Report on the administration of the Government Cinchona Department 1892-98
Year: 1892
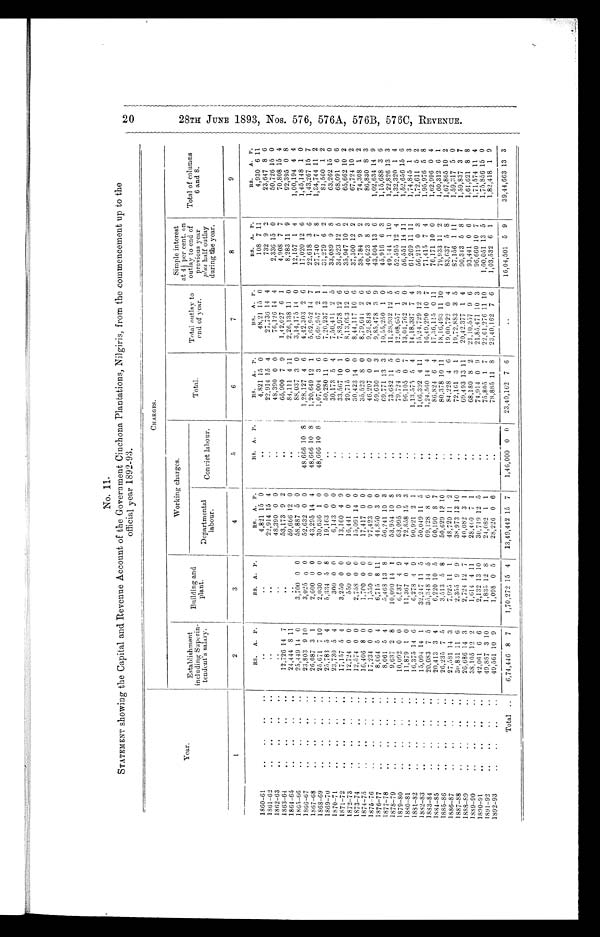
No. 11.
STATEMENT showing the Capital and Revenue Account of the Government Cinchona Plantations, Nilgiris, from the commencement up to the
official year 1892-93.
Year.
CHARGES.
Establishment
including Superin-
tendent’s salary.
Building and
plant.
Working charges.
Total.
Total outlay to
end of year.
Simple interest
at 4 ½ per cent. on
outlay to end of
previous year
plus half outlay
during the year.
Total of columns
6 and 8.
Departmental
labour.
Convict labour.
1
2
3
4
5
6
7
8
9
RS A. P.
RS. A. P.
RS. A. P.
RS. A. P.
RS. A. P.
RS. A. P.
RS. A. P.
RS. A. P.
1860-61
.. ..
..
. .
. .
. .
4,821 15 0
. .
4,821 15 0
48,21 15 0
108 7 11
4,930 6 11
1861-62
..
..
..
. .
. .
. .
22,914 15 4
. .
22,914 15 4
27,736 14 4
732 9 2
23,647 8 6
1862-63
..
..
..
. .
. .
. .
48,390 0 0
. .
48,390 0 0
76,126 1 4 4
2,336 15 0
50,726 15 0
1863-64
..
..
..
. .
12,726 14 7
..
53,173 9 2
. .
65,900 7 9
1,42,027 6 1
4,908 7 7
70,808 15 4
1864-65
..
..
..
. .
24,444 8 11
. .
59,666 12 0
. .
84,111 4 11
2,26,138 11
0
8,283 11 9
92,395 0 8
1865-66
..
..
..
. .
25,449 14 0
3700 0 0
58,887 5 0
. .
88,037 3 0
3 , 1 4 , 1 7 5
14 0
1 2 , 1 5 7 1 4
1,00,194 4 4
1866-67
..
..
..
..
23,803 9 10
3,025 0 0
52,632 0 0
48,666 10 8
1,28,127 4 6
4,42,303 2 6
17,020 12 6
1,45,148 1 0
1867-68
..
..
..
..
26,087 3 1
2,600 0 0
43,295 14 4
48,666 10 8
1,20,649 12 1
5,62,952 14 7
22,618 3 6
1,43,267 15 7
1868-69
..
..
..
. .
25,671 7 10
2,030 0 0
30,636 1 0
48,666 10 8
1,07,004 3 6
6,69,957 2 1
27,740 7 8
1,34,744 11 2
1869-70
..
..
..
. .
25,783 5 4
5,334 5 8
19,163 0 0
. .
50,280 11 0
7,20,237 13 1
31,279 6 2
81,560 1 2
1870-71 ..
..
..
. .
23,730 5 4
300 0 0
6,143 0 0
..
30,173 5 4
7,50,411 2 5
33,089 9 8
63,262 15 0
1871-72
..
..
..
. .
17,157 5 4
3,250 0 0
13,160 4 9
..
33,567 10 1
7,83,978 12 6
34,523 12 5
68,091 6 6
1872-73
.
..
..
12,724 0 0
550 0 0
16,441 0 0
..
29,715 0 0
8,13,693 12 6
35,947
1 0 2
65,662 10 2
1873-74
..
..
..
. .
12,574 0 0
2,758 0 0
15,091 14 0
..
30,423 14 0
8,44,117 10 6
37,300 12 2
67,724 10 2
1874-75
..
..
. .
16,406 8 0
1,700 0 0
17,417 0 0
..
35,523 8 0
8,79,641 2 6
38,784 9 2
74,308 1 2
1875- 76 . . . . . . . .
17,234 0 0
1,550 0 0
27,423 0 0
..
46,207 0 0
9,25,848 2 6
40,623 8 3
86,830 8 3
1876-77
..
..
..
. .
8,064 5 4
6,715
8 11
44,850 3 0
. .
59,630 1 3
9,85,478 3
9
43,004 13 6
1,02,634 14
9
1877-78
..
..
..
. .
8,061 5 4
5,468 13
8
56,241 10 3
..
69,771 13 3
10,55,250 1 0
45,916 6 3
1,15,688 3 6
1878-79
..
..
..
..
9,637 2 8
10,090 14 1
53,954 10 8
..
73,682 11 5
11,28,932 12 5
49,144 1 10
1,22,826 13 3
1879-80
..
.. .. ..
10,092 0 0
6,537 4 9
63,095 0 3
..
79,724 5 0
12,08,657 1 5
52,595 12 4
1,32,320 1 4
1880-81 .. ..
.. ..
11,879 1 0
11,367 0 4
72,858 15 3
..
96,105 0 7
13,04,762 2 0
56,551 14
1 1
1,52,656 15 6
1881-82
..
..
..
..
16,375 14 6
6,278 4 9
90,921 2 1
..
1,13,575 5 4
14,18,337 7 4
61,269 11
1 1
1,74,845 1 3
1882-83
..
..
..
15,094 14 1
32,247 11 5
50,049 11 5
..
1,06,392 4
1 1 15,24,729 12 3
56,219 0 3
1,72,611 5 2
1883-84
..
..
..
..
20,083 7 5
35,348 14 5
69,128 8
6
1,24,560 14 4
16,49,290 10 7
71,415 7 4
1,95,976 5 8
1884-85
..
..
..
..
20,413 3 4
6,220 10 5
60,190
8 7
..
86,824 6 4
17,36,115 0
1 1
76,171 10 0
1,62,996 0 4
1885-86
..
..
..
..
26,235 7 5
3,513 5 8
50,629
1 3
10
80,378 10
1 1 18,16,493
1 1 1 0
79,933 11 2
1,60,312 6 1
1886-87
..
..
..
..
27,581 14 3
7,925 11 1
48,720
1 1 2
. .
84,228 4 6
19,00,722 0 4
83,637 5 8
1,67,865 10 2
1887-88 .. .. .. ..
30,831 11 6
2,355 9 9
38,973
1 3
10
72,161 3 1
19,72,883 3 5
87,156
1 1 1
1,59,317 5 0
1888-89
..
..
..
26,686 14 3
2,724 12 7
40,082 3 1
. . 69,493 13
1 1
20,42,377 1 4
90,343 5 8
1,59,837 3 7
1889- 90 . . . . . . . .
38,105 12 2
1,614 4 11
28,460 7 1
. 68,180 8 2
21,10,557 9 6
93,441 0 6
1,61,621 8 8
1890-91
...
..
..
..
42,061
6 6
2,132 13
1 0
30,719
1 2 5
. . 74,914 0 9
21,85,471
1 0
3
96,660
1 0 7
1,71,574
1 1 4
1891-92 ..
..
..
..
49,887 3
1 0
1,835 12 8
2 4 , 0 8 2
1 1
. . 75,805 1
7 22,61,276
1 1 1 0 1,00,051
1 3 5
1,75,856
1 5 0
1892-93
..
..
..
..
49,561 10 9
1,098 0 5
28,226 0
6
. . 78,885 11 8
23,40,162 7 6
1,03,532 6 1
1,82,418 1 9
Total ..
6,74,446 8 7
1,70,272
1 5
4
13,49,442
1 5
7
1,46,000
0
0 23,40,162 7
6
. .
16,04,501 5 9
39,44,663
1 3
3